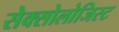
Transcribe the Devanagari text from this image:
सेक्सोलोजिस्ट